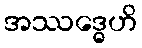
အဿဒ္ဓေဟိ